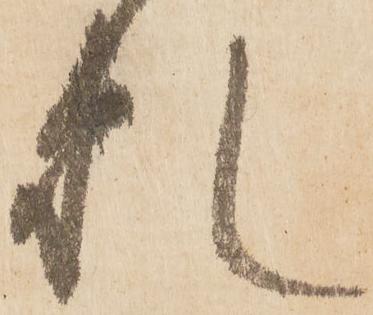
札